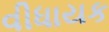
વીધાયક